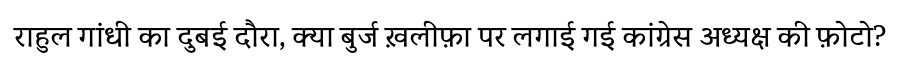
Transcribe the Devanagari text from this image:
राहुल गांधी का दुबई दौरा, क्या बुर्ज ख़लीफ़ा पर लगाई गई कांग्रेस अध्यक्ष की फ़ोटो?